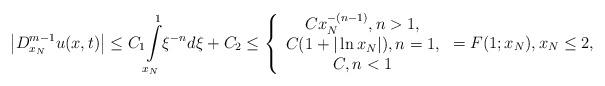
LaTeX: \begin{align*}\left\vert D_{x_{N}}^{m-1}u(x,t)\right\vert \leq C_{1}{\displaystyle\int\limits_{x_{N}}^{1}} \xi^{-n}d\xi+C_{2}\leq\left\{\begin{array}[c]{c}Cx_{N}^{-(n-1)},n>1,\\C(1+|\ln x_{N}|),n=1,\\C,n<1\end{array}\right. =F(1;x_{N}),x_{N}\leq2, \end{align*}